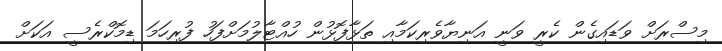
މިސްރަށް ވަޑައިގެން ކެރީ ވަނީ އަނިޔާވެރިކަމާއި ތަޅާފޮޅުން ހުއްޓާލުމަށްފަހު ފުރިހަމަ ޑިމޮކްރެސީ އަކަށް